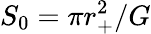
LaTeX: S_{0}=\pi r_{+}^{2}/G